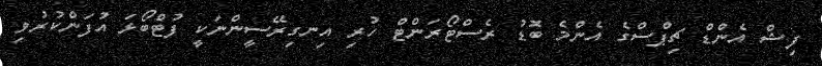
ފިޝް އެންޑް ޗިޕްސްގެ އެންމެ ބޮޑު ރެސްޓޯރަންޓް ހުރި އިނގިރޭސީންނަކީ ފުޓްބޯޅަ އުފަންކުރުވި